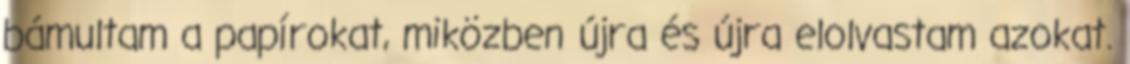
bámultam a papírokat, miközben újra és újra elolvastam azokat.